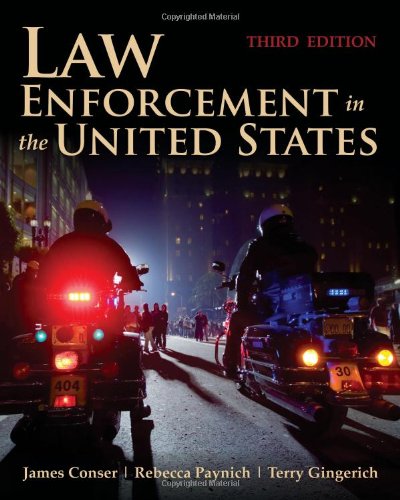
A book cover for Law Enforcement In The United States; James A. Conser; Law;